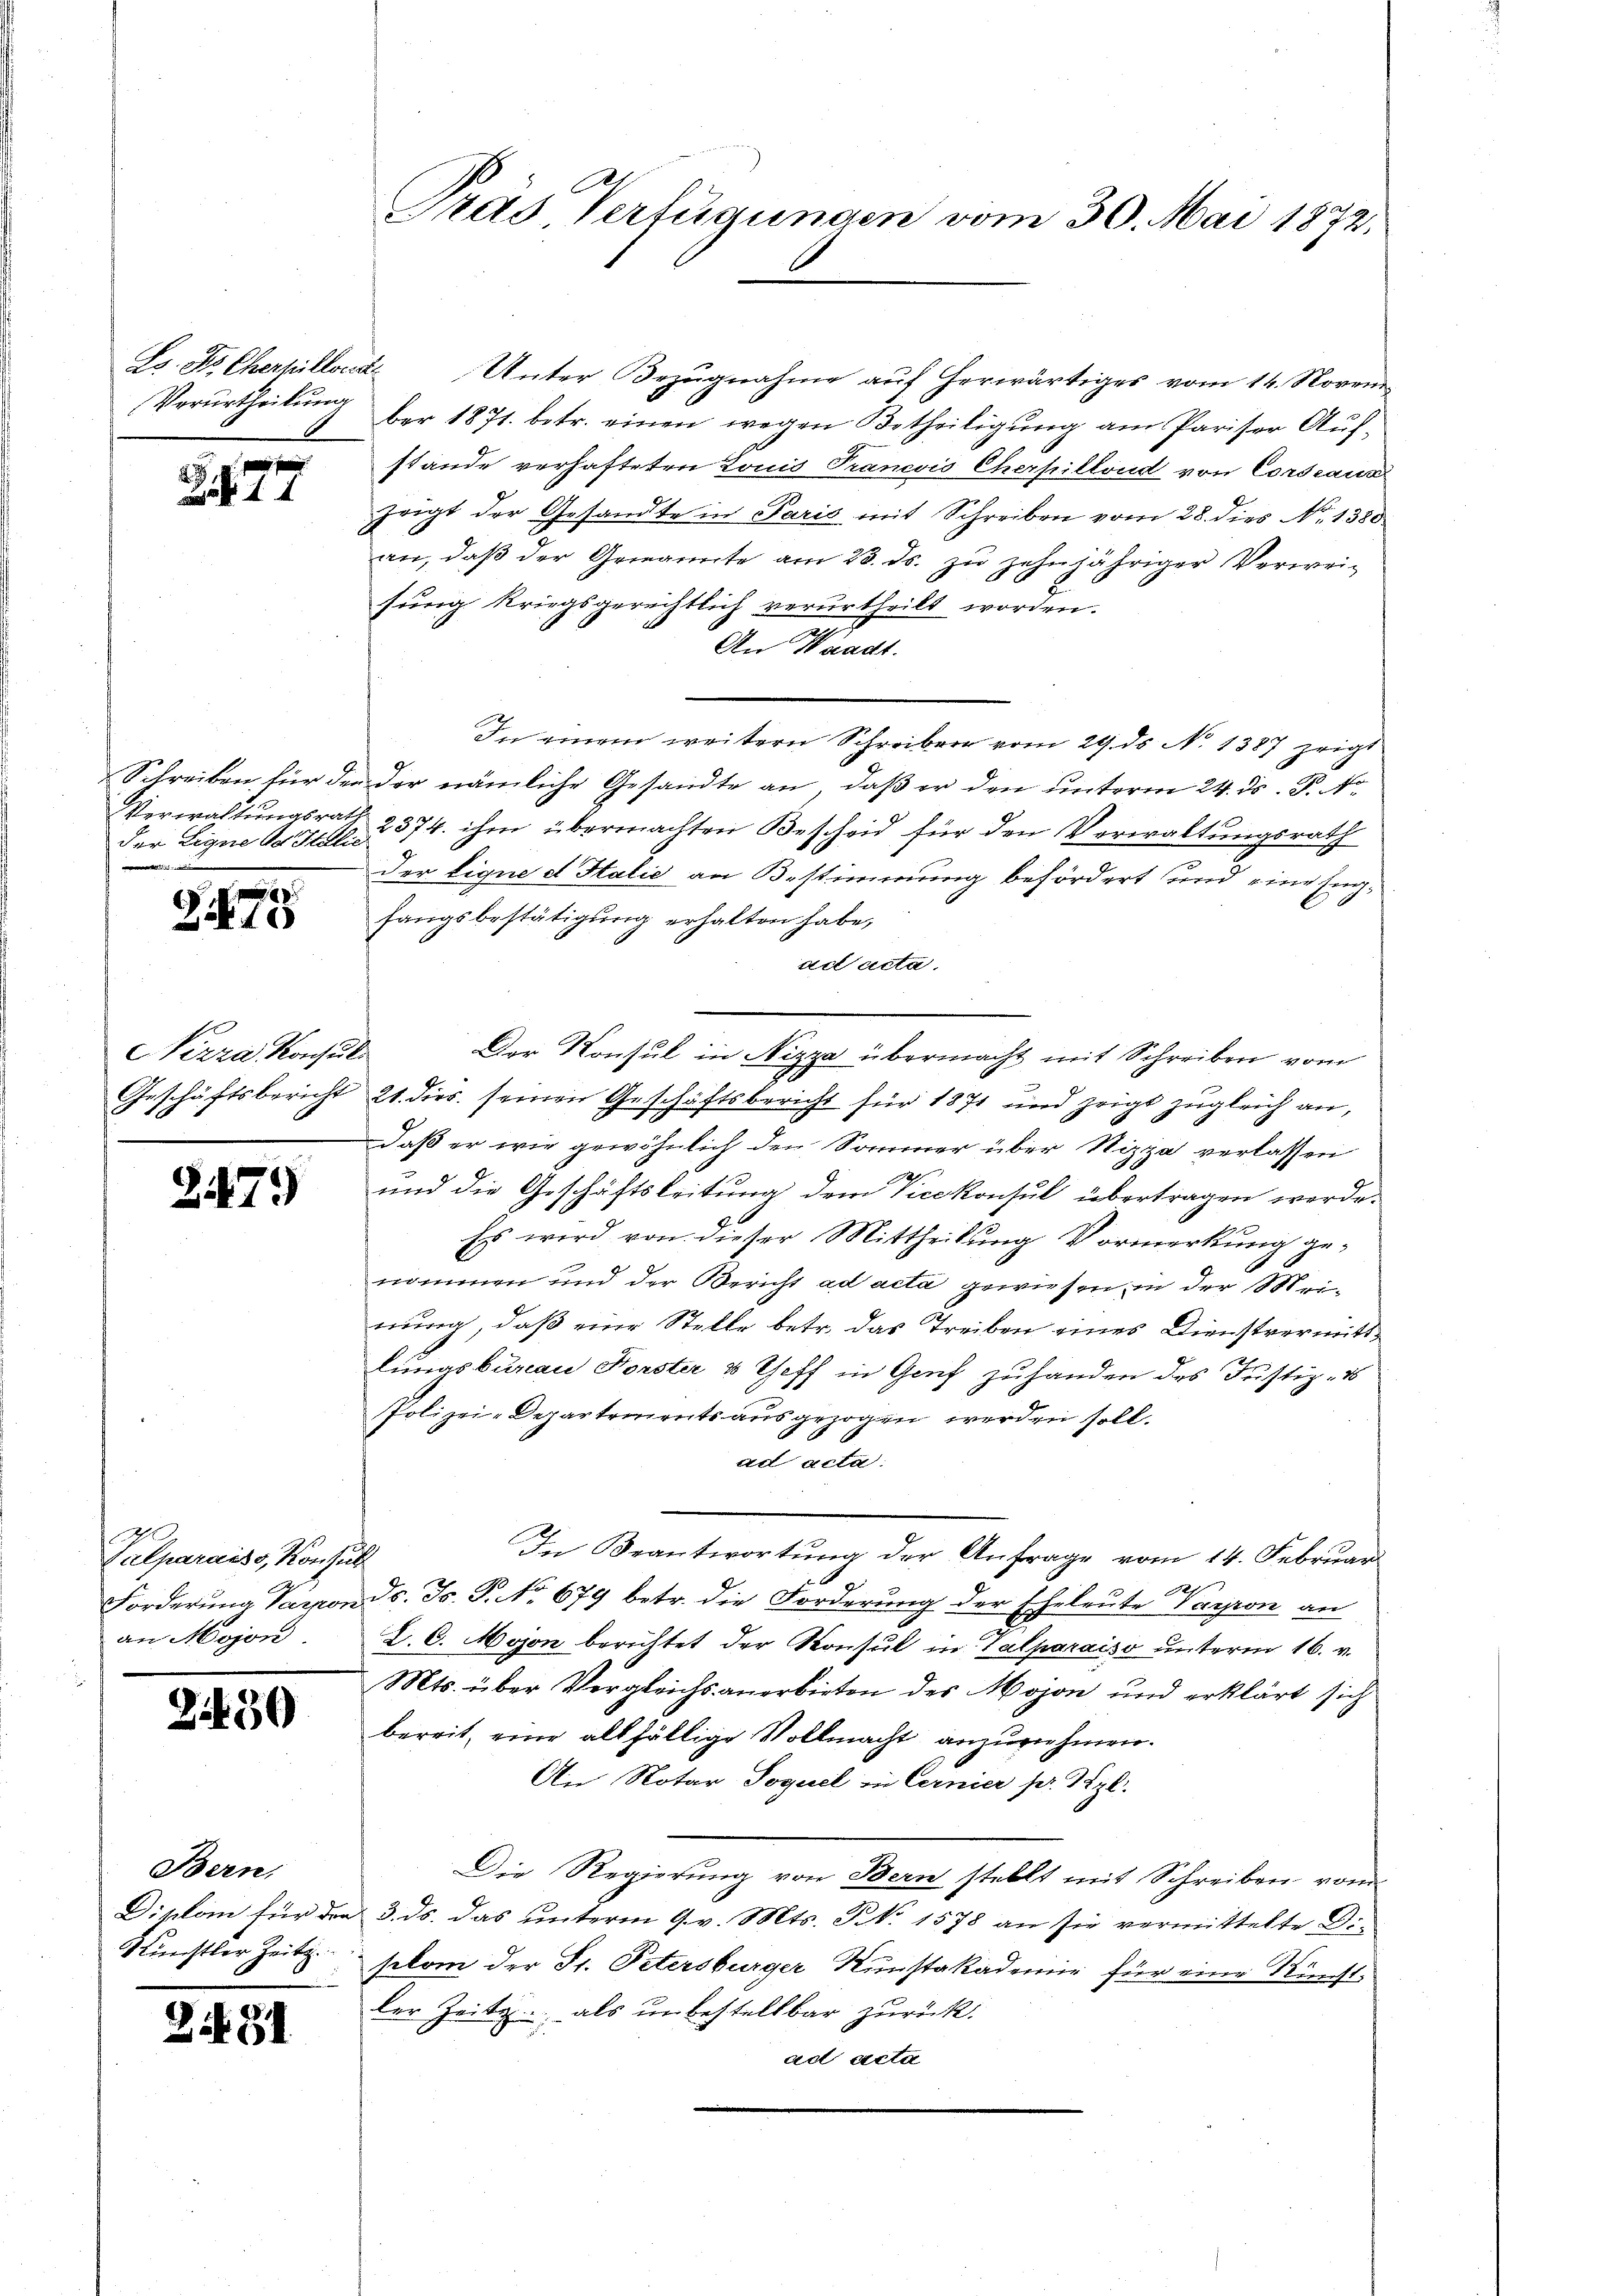
227

der Eigne od. Stilie
m

275

Nizza Konsult

Z479

Palparais, Konsul
an Mojon

Zi459

Bern,
Künstler Zeitg.

2. 81

Ls. Dr Cherpilloede Unter Bezŭgnahme aŭf herwärtiges vom 14. Novem
Verurtheilŭng ber 1871. betr. einen wegen Betheiligŭng am Pariser Aŭf-
stande verhafteten Louis Pranevis Cherpillond von Corstaun
zaigt der Gesandte in Paris mit Schreiben vom 28. dies No. 1380
an, daβ der Genannte am 23. ds. zŭ zehnjähriger Verweisung kriegsgerechtlich verurtheilt worden.
An Waadt.
In einem weitern Schreibern vom 29. ds No 1387 zeigt
Schreiben für den der nämliche Gesandte an, daß er den unterm 24. ds. P. Nr.
Verwaltungsrath 2374. ihm übermachten Bescheid für den Verwaltungsrath
der lique d Halić an Bestimmung befördert und eine Engfangsbestätigung erhalten habe,
ad acta.
Der Konsul in Nizza übermacht mit Schreiben vom
Geschäftsbericht 21. dies seinen Geschäftsbericht für 1871 und zeigt zugleich an,
daß er wir gewöhnlich den Sommer über Nizza verlassen
und die Geschäftsleitung dem Vicekonsul übertragen werde.
Es wird von dieser Mittheilung Vormerkung genommen und der Bericht ad acta gewiesen in der Meinung, daß eine Stelle betr. das Treiben eines Dienstvermitt
lungsbureau Forster & Geff in Genf zuhanden des Justiz-
Polizei-Departements ausgezogen werden soll.
ad acta.
In Beantwortung der Anfrage vom 14. Februar
Forderung Varponds. Fs. P. No 679 betr. die Forderung der Eheleute Varpon an
D. C. Mojon berichtet der Konsul in Talparaiso unterm 16. v.
Mts. über Vergleichs anerbieten des Mojon und erklärt sich
bereit, eine allfällige Vollmacht anzunehmen.
An Notar Soquel in Cernier pr. Szl.
Die Regierung von Bern stellt mit Schreiben vom
Diplom für den 3. ds. das unterm 9. v. Mts. S. 1578 an sie vermittelte Di-
stom der St. Petersburger Kunstakademie für eine Kunst-
Der Zeit als unbestellbar zurück.
ad acta

Prad. Verfügungen vom 30. Mai 1872,